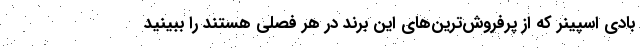
بادی اسپینر که از پرفروش‌ترین‌های این برند در هر فصلی هستند را ببینید